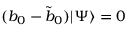
( b _ { 0 } - { \tilde { b } } _ { 0 } ) | \Psi \rangle = 0